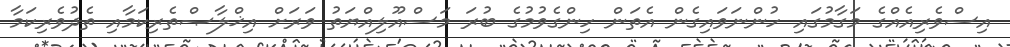
އިސްވެރިއެއްގެ މަގާމުގައި ހުންނަވައިގެން އެތަން ހިންގެވުމުގެ ބުރަ މަސްއޫލިއްޔަތު ވަރަށް އިޚްލާޞްތެރިކަމާއި ތެދުވެރިކަމާ